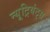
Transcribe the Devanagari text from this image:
न्यूट्रियंट्स